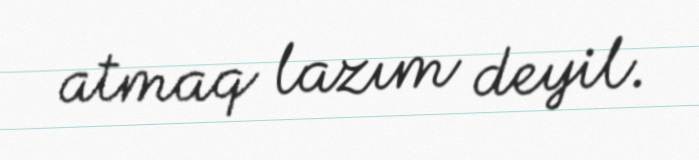
atmaq lazım deyil.